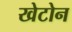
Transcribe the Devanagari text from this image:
खेटोन